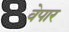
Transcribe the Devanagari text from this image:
वेपार